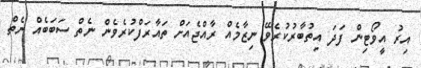
އިރު އީވޯޓިން ފަދަ އިތުބާރުކުރެވޭ ނިޒާމެއް ރާއްޖެއަށް ތައާރަފްކުރެވެން ނެތް ސަބަބެއް ނެތް